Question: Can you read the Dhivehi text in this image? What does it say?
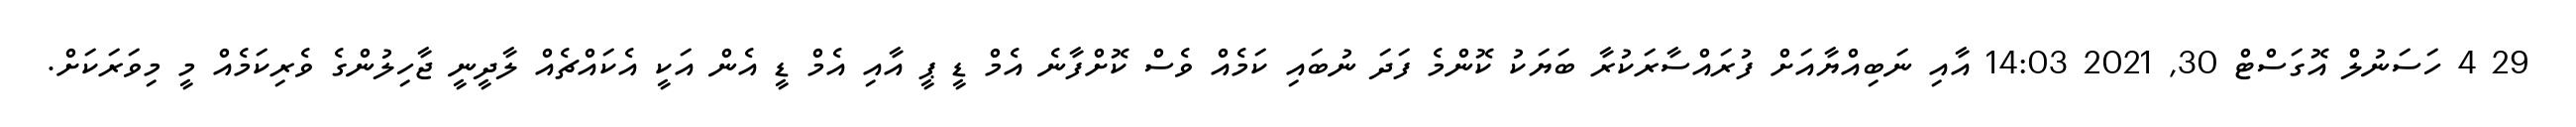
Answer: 29 4 ހަސަނުލް އޮގަސްޓް 30, 2021 14:03 އާއި ނަބިއްޔާއަށް ފުރައްސާރަކުރާ ބަޔަކު ކޮންމެ ފަދަ ނުބައި ކަމެއް ވެސް ކޮށްފާނެ އެމް ޑީ ޕީ އާއި އެމް ޑީ އެން އަކީ އެކައްޗެއް ލާދީނީ ޖާހިލުންގެ ވެރިކަމެއް މީ މިވަރަކަށް.